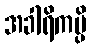
အခါရိကမ္ပိ